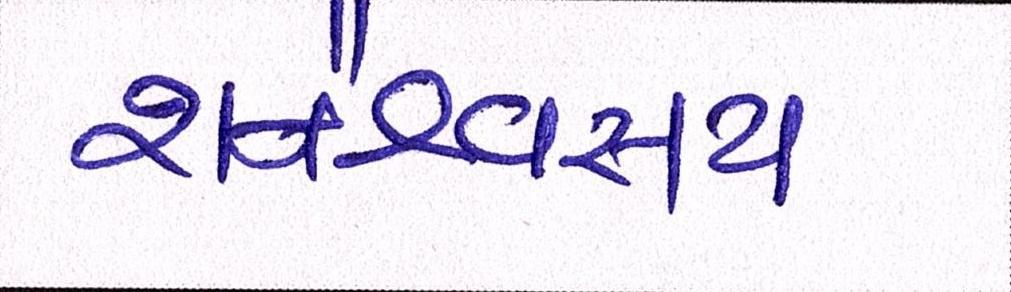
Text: શનૈશ્ચરાય